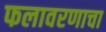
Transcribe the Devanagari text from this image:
फलावरणाचा